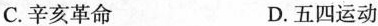
C.辛亥革命 D.五四运动